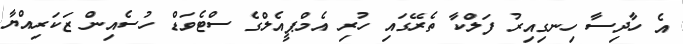
އެ ހާދިސާ ހިނގިއިރު ފަލްކާ ތެރޭގައި ހުރި އެމްޕީއެލްގެ ސްޓެވަޑް ހުސެއިން ޒަކަރިއްޔާ